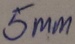
Text: 5mm